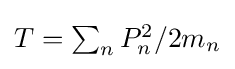
{\textstyle T=\sum _{n}P_{n}^{2}/2m_{n}}